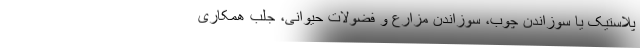
پلاستیک یا سوزاندن چوب، سوزاندن مزارع و فضولات حیوانی، جلب همکاری